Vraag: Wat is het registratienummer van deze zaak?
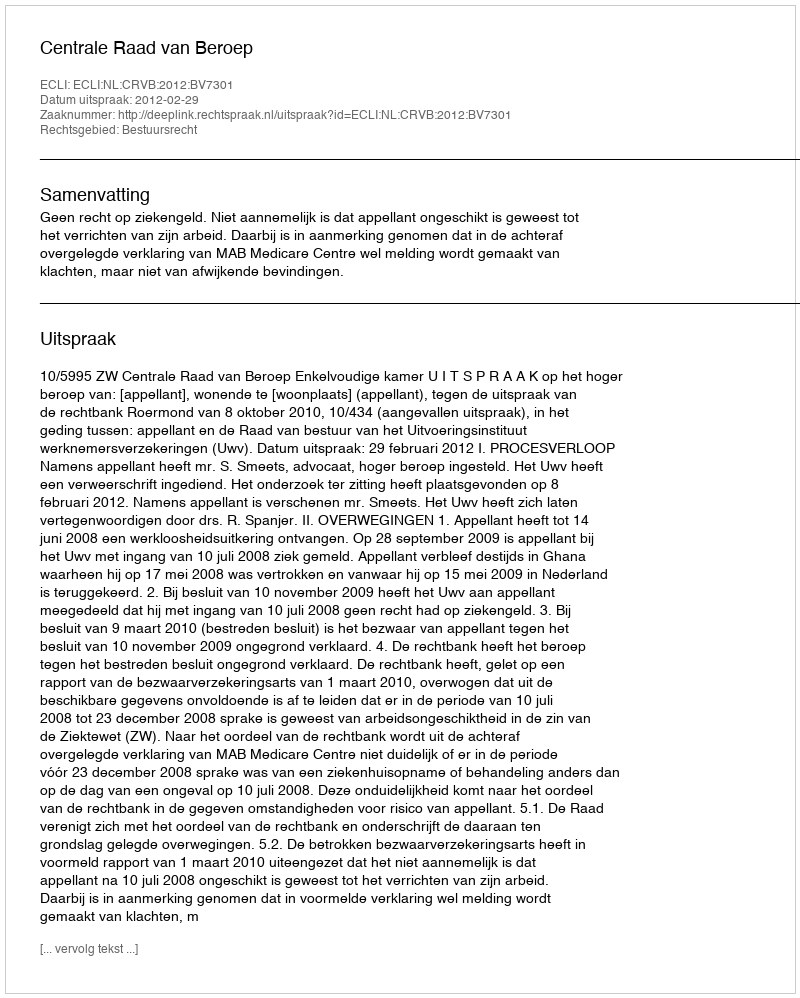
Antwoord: http://deeplink.rechtspraak.nl/uitspraak?id=ECLI:NL:CRVB:2012:BV7301